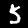
Digit: 5